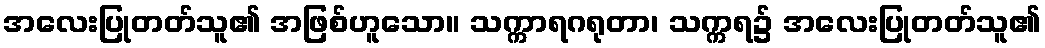
အလေးပြုတတ်သူ၏ အဖြစ်ဟူသော။ သက္ကာရဂရုတာ၊ သက္ကရ၌ အလေးပြုတတ်သူ၏